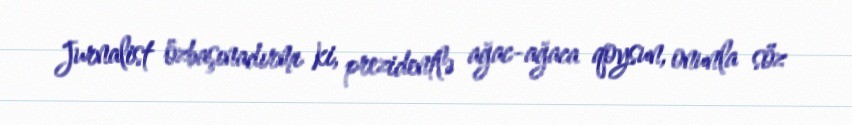
Jurnalist özbaşınadırmı ki, prezidentlə ağac-ağaca qoysun, onunla söz